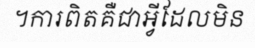
។ការពិតគឺជាអ្វីដែលមិន